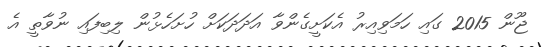
ޖޫން 2015 ގައި ހަމަވިއިރު އެކަށީގެންވާ އަދަދަކަށް ހުށަހެޅުން ލިބިފައި ނުވާތީ އެ